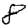
Digit: 8